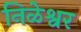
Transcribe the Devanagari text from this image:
निळेश्वर